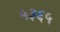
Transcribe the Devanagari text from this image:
५३६५